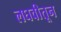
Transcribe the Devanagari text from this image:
लघवीतून